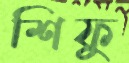
শিফু